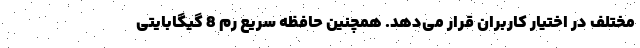
مختلف در اختیار کاربران قرار می‌دهد. همچنین حافظه سریع رم 8 گیگابایتی